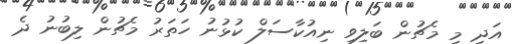
އަދި މި މެޗުން ބަލިވި ނިއުކާސަލް ކުޅުނު ހަތަރު މެޗުން ލިބުނު ދެ